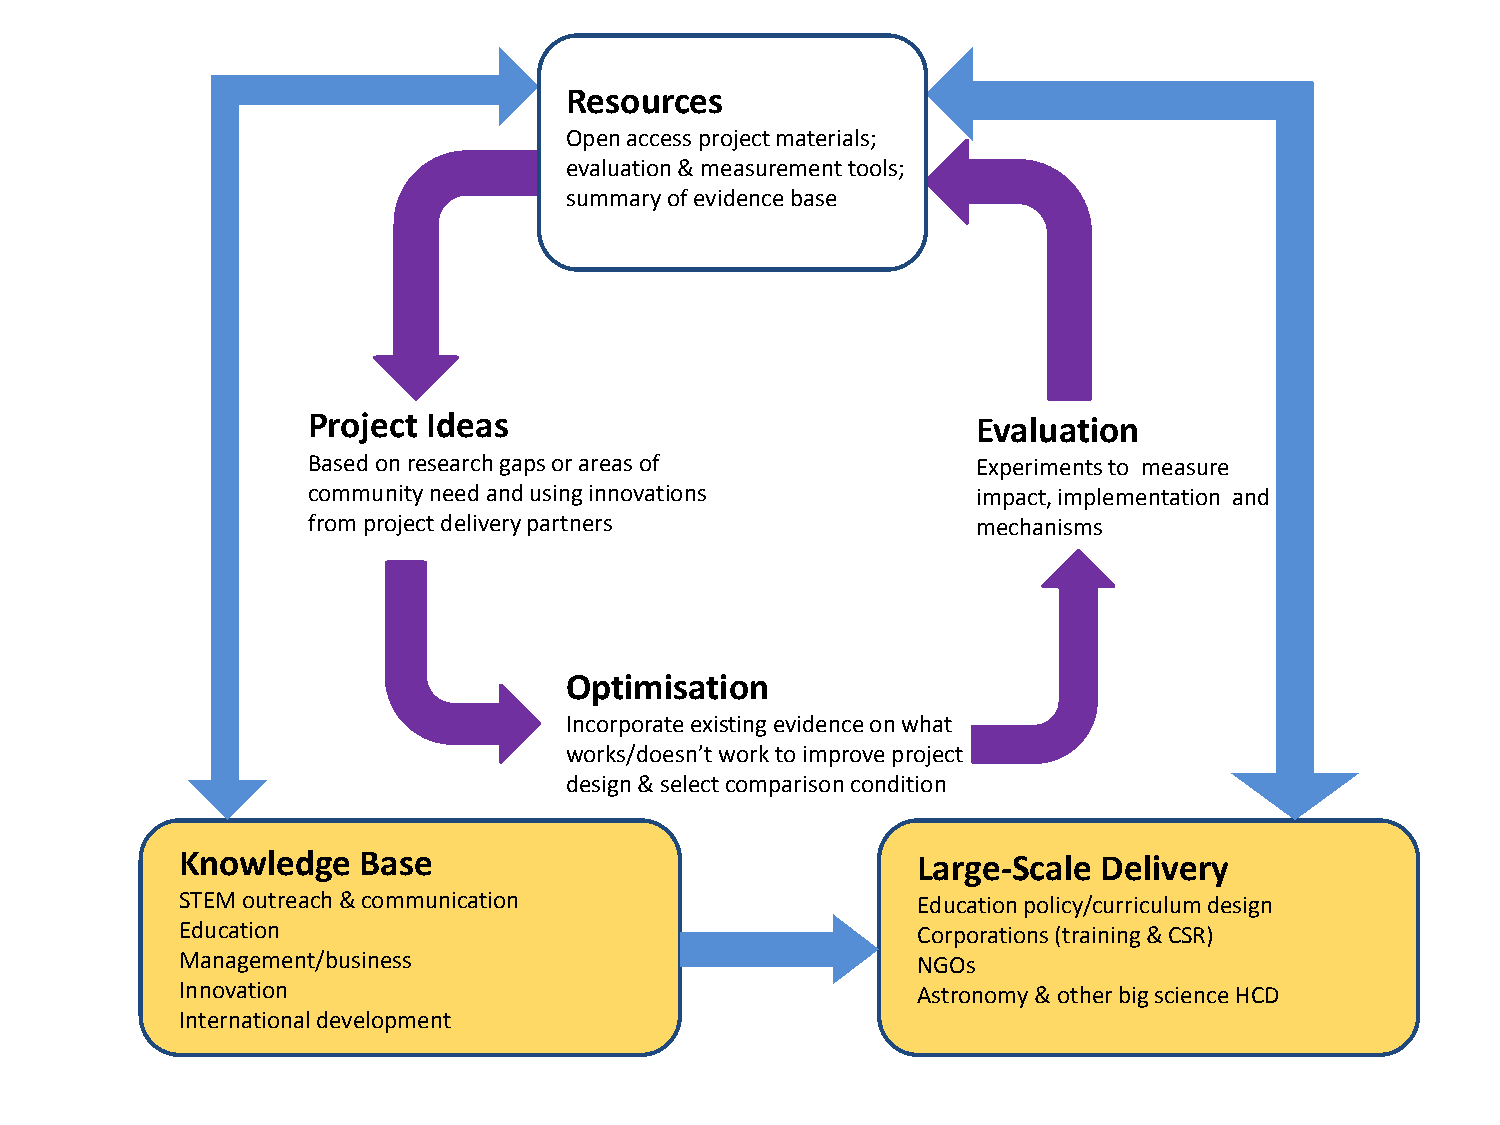
Resources
 Open access project materials;
 evaluation & measurement tools;
 summary of evidence base
 Project Ideas                                Evaluation
 Based on research gaps or areas of           Experiments to measure
 community need and using innovations         impact, implementation and
 from project delivery partners               mechanisms
 Optimisation
 Incorporate existing evidence on what
 works/doesn’t work to improve project
 design & select comparison condition
 Knowledge   Base                                 Large-Scale Delivery
 STEM outreach & communication                    Education policy/curriculum design
 Education                                        Corporations (training & CSR)
 Management/business                              NGOs
 Innovation                                       Astronomy & other big science HCD
 International development